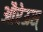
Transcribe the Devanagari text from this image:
औरेऊस्